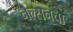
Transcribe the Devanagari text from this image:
नेल्सनचा